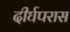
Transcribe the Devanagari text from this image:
दीर्घपरास